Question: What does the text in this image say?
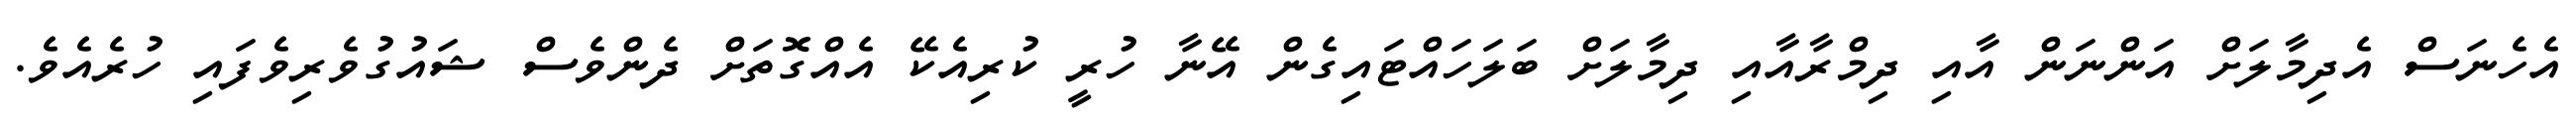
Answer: އެހެނަސް އެދިމާލަށް އަންނަން އާއި ދިމްރާއާއި ދިމާލަށް ބަލަހައްޓައިގެން އޭނާ ހުރީ ކުރިއެކޭ އެއްގޮތަށް ދެންވެސް ޝައުގުވެރިވެފައި ހުރެއެވެ.